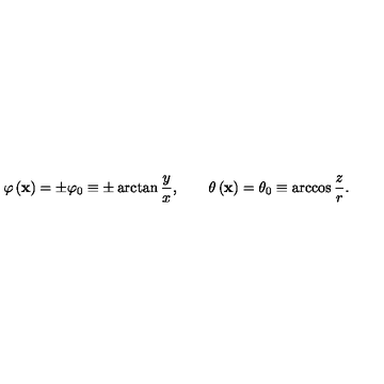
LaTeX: \varphi \left( { \bf x } \right) = \pm \varphi _ { 0 } \equiv \pm \arctan \frac { y } { x } , \qquad \theta \left( { \bf x } \right) = \theta _ { 0 } \equiv \arccos \frac { z } { r } .